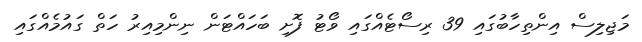
މަޖިލިސް އިންތިހާބުގައި 39 ރިސޯޓެއްގައި ވޯޓު ފޮށި ބަހައްޓަން ނިންމިއިރު ހަތް ގައުމެއްގައި